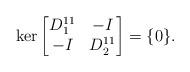
LaTeX: \begin{align*}\ker\begin{bmatrix} D_1^{11}& -I \\-I & D_2^{11}\end{bmatrix}=\{0\}.\end{align*}